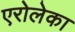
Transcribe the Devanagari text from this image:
एरोलेका